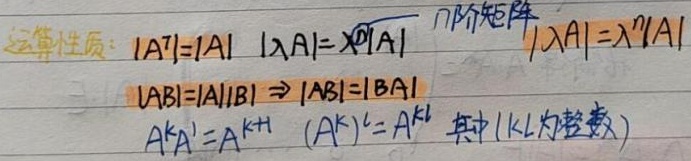
运算性质：\(\vert A^T\vert=\vert A\vert\quad \vert\lambda A\vert=\lambda^{\boxed{n}}\vert A\vert\)  \(n阶矩阵\) \(\vert\lambda A\vert=\lambda^{n}\vert A\vert\)
\(\vert AB\vert=\vert A\vert\vert B\vert\Rightarrow \vert AB\vert=\vert BA\vert\)
\(A^{k}A^{l}=A^{k + l}\quad (A^{k})^{l}=A^{kl}\) 其中\((k,l为整数)\)